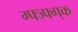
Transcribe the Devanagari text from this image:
ग्फ्ज्फ्ग्क